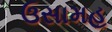
ઉસામહ